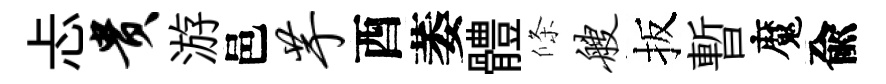
忐贵游邑芋酉萎體條艘扳暫魔兪